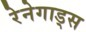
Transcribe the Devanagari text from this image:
रेनेगाड्स